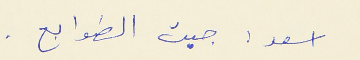
اسعد : جبت الطوابع .